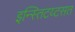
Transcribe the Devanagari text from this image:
इन्स्तिटय्टसत